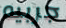
جربيه